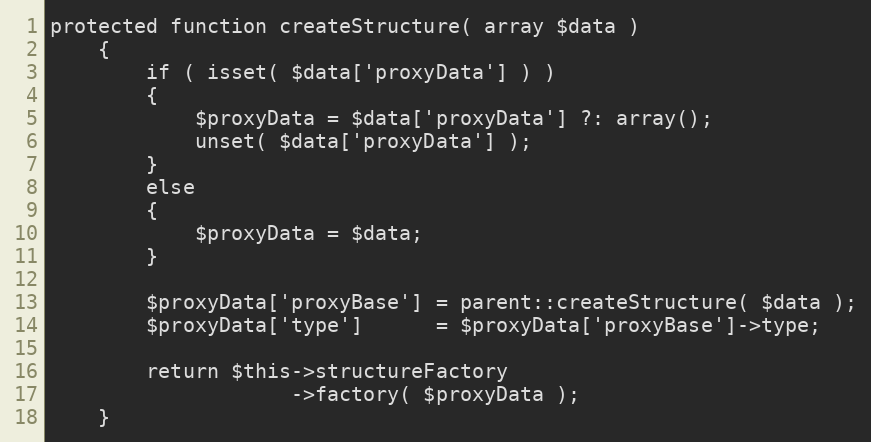
Language: PHP
protected function createStructure( array $data )
    {
        if ( isset( $data['proxyData'] ) )
        {
            $proxyData = $data['proxyData'] ?: array();
            unset( $data['proxyData'] );
        }
        else
        {
            $proxyData = $data;
        }

        $proxyData['proxyBase'] = parent::createStructure( $data );
        $proxyData['type']      = $proxyData['proxyBase']->type;

        return $this->structureFactory
                    ->factory( $proxyData );
    }